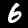
Digit: 6